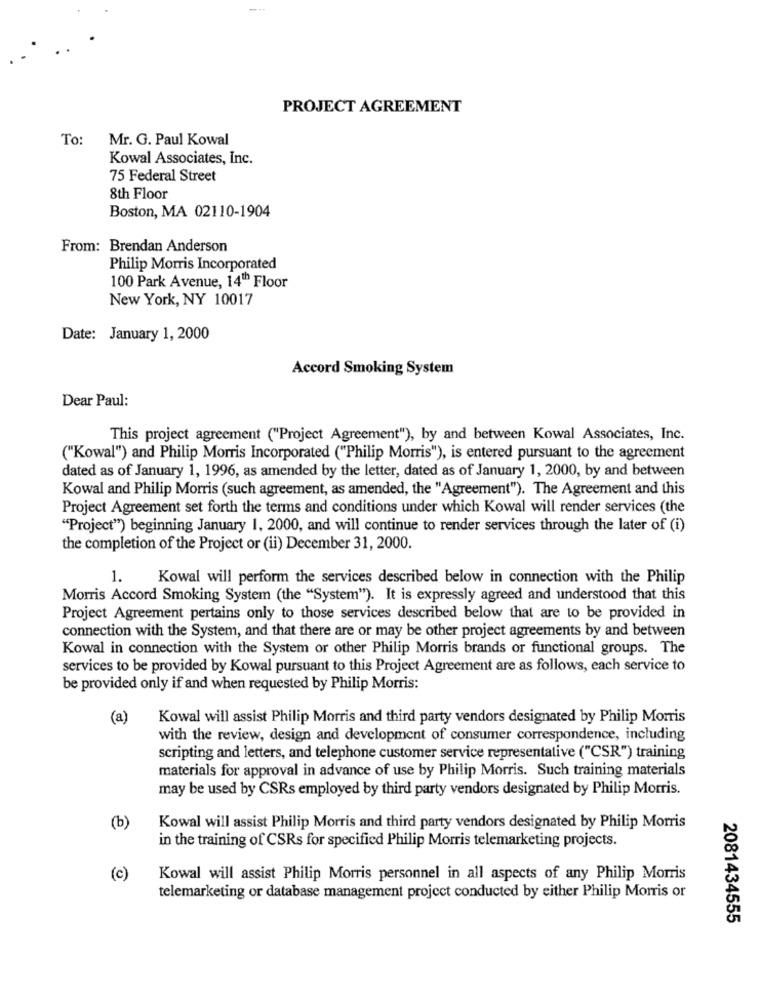
PROJECT AGREEMENT
To:
Mr. G. Paul Kowal
Kowal Associates, Inc.
75 Federal Street
8th Floor
Boston, MA 02110-1904
From: Brendan Anderson
Philip Morris Incorporated
100 Park Avenue, 14Th Floor
New York, NY 10017
Date: January 1, 2000
Accord Smoking System
Dear Paul:
This project agreement ("Project Agreement"), by and between Kowal Associates, Inc.
("Kowal") and Philip Morris Incorporated ("Philip Morris"), is entered pursuant to the agreement
dated as of January 1, 1996, as amended by the letter, dated as of January 1, 2000, by and between
Kowal and Philip Morris (such agreement, as amended, the "Agreement"). The Agreement and this
Project Agreement set forth the terms and conditions under which Kowal will render services (the
"Project") beginning January 1, 2000, and will continue to render services through the later of (i)
the completion of the Project or (ii) December 31, 2000.
1.
Kowal will perform the services described below in connection with the Philip
Morris Accord Smoking System (the "System"). It is expressly agreed and understood that this
Project Agreement pertains only to those services described below that are to be provided in
connection with the System, and that there are or may be other project agreements by and between
Kowal in connection with the System or other Philip Morris brands or functional groups. The
services to be provided by Kowal pursuant to this Project Agreement are as follows, each service to
be provided only if and when requested by Philip Morris:
(a)
Kowal will assist Philip Morris and third party vendors designated by Philip Morris
with the review, design and development of consumer correspondence, including
scripting and letters, and telephone customer service representative ("CSR") training
materials for approval in advance of use by Philip Morris. Such training materials
may be used by CSRs employed by third party vendors designated by Philip Morris.
(b)
Kowal will assist Philip Morris and third party vendors designated by Philip Morris
in the training of CSRs for specified Philip Morris telemarketing projects.
(c)
Kowal will assist Philip Morris personnel in all aspects of any Philip Morris
telemarketing or database management project conducted by either Philip Morris or
2081434555